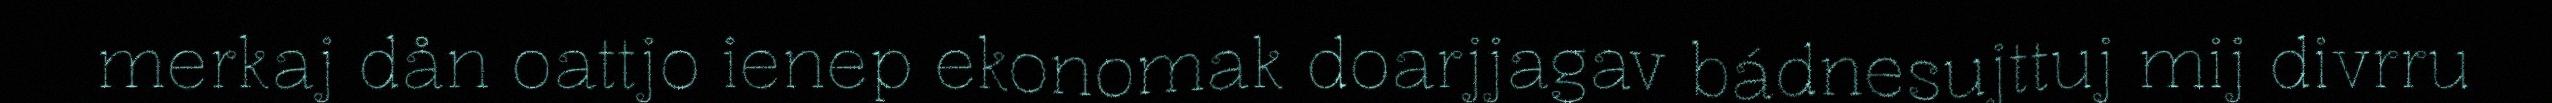
merkaj dån oattjo ienep ekonomak doarjjagav bádnesujttuj mij divrru